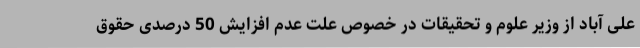
علی آباد از وزیر علوم و تحقیقات در خصوص علت عدم افزایش 50 درصدی حقوق